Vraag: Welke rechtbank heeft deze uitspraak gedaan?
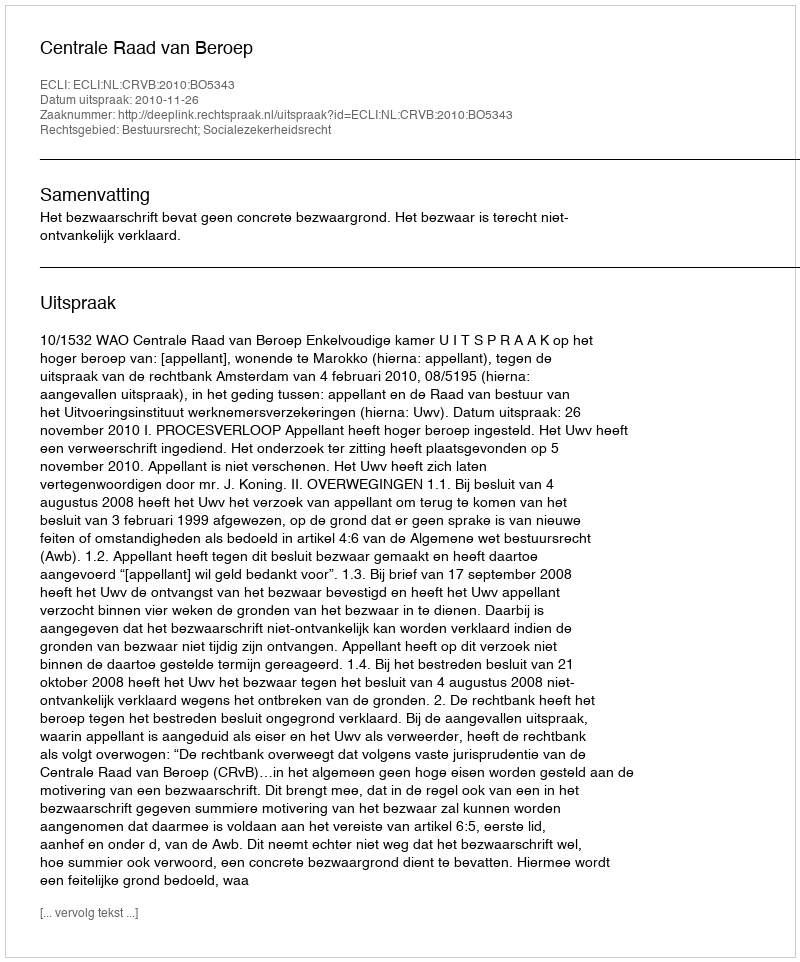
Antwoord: Centrale Raad van Beroep